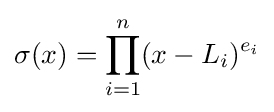
\sigma (x)=\prod _{i=1}^{n}(x-L_{i})^{e_{i}}